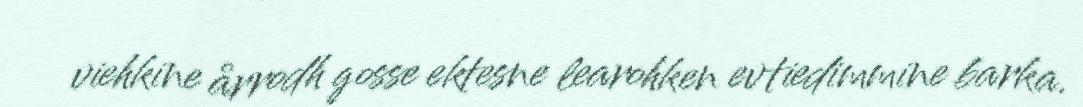
viehkine årrodh gosse ektesne learohken evtiedimmine barka.